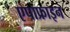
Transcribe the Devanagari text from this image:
एपाफ्राइन